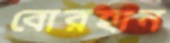
বোরহান